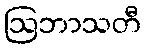
ဩဘာသတီ